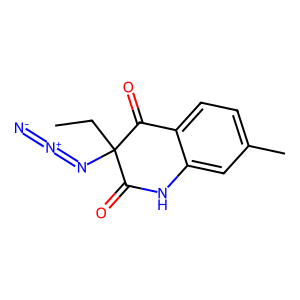
SMILES: CCC1(N=[N+]=[N-])C(=O)Nc2cc(C)ccc2C1=O
Inhibits HIV replication: No